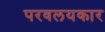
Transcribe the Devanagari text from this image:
परवलयकार